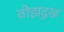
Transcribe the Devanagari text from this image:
वोझदुख